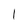
Character: l